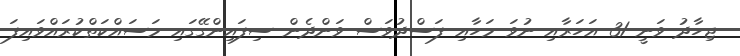
ޖިހާދު ވަނީ 31 އަހަރާއި ނުވަ މަހާއި ފަސްދުވަސް ވަންދެން ސިފައިންގޭގައި މަސައްކަތްކުރައްވައިފަ